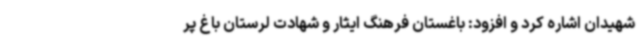
شهیدان اشاره کرد و افزود: باغستان فرهنگ ایثار و شهادت لرستان باغ پر